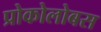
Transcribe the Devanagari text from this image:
प्रोकोलोबस